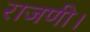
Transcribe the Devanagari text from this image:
राजणी।